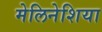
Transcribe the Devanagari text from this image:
मेलिनेशिया